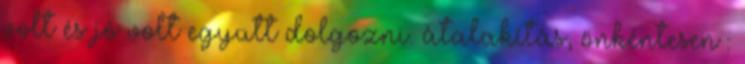
volt és jó volt együtt dolgozni. átalakítás, önkéntesen :